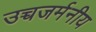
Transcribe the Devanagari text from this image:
उच्चजर्मनीय